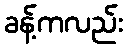
ခန့်ကလည်း